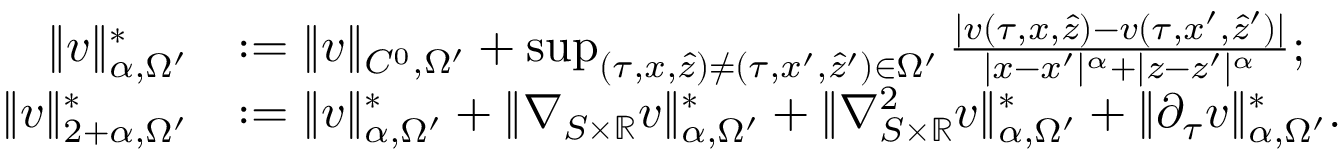
\begin{array} { r l } { \| v \| _ { \alpha , \Omega ^ { \prime } } ^ { * } } & { : = \| v \| _ { C ^ { 0 } , \Omega ^ { \prime } } + \operatorname* { s u p } _ { ( \tau , x , \hat { z } ) \neq ( \tau , x ^ { \prime } , \hat { z } ^ { \prime } ) \in \Omega ^ { \prime } } \frac { | v ( \tau , x , \hat { z } ) - v ( \tau , x ^ { \prime } , \hat { z } ^ { \prime } ) | } { | x - x ^ { \prime } | ^ { \alpha } + | z - z ^ { \prime } | ^ { \alpha } } ; } \\ { \| v \| _ { 2 + \alpha , \Omega ^ { \prime } } ^ { * } } & { : = \| v \| _ { \alpha , \Omega ^ { \prime } } ^ { * } + \| \nabla _ { S \times \mathbb { R } } v \| _ { \alpha , \Omega ^ { \prime } } ^ { * } + \| \nabla _ { S \times \mathbb { R } } ^ { 2 } v \| _ { \alpha , \Omega ^ { \prime } } ^ { * } + \| \partial _ { \tau } v \| _ { \alpha , \Omega ^ { \prime } } ^ { * } . } \end{array}